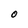
Character: O